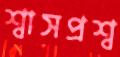
শ্বাসপ্রশ্ব